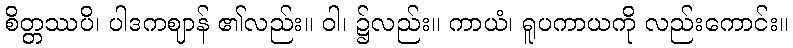
စိတ္တဿပိ၊ ပါဒကဈာန် ၏လည်း။ ဝါ၊ ၌လည်း။ ကာယံ၊ ရူပကာယကို လည်းကောင်း။